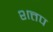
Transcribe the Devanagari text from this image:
शत्तप